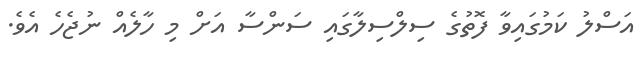
އަސްލު ކަމުގައިވާ ފޮތުގެ ސިލްސިލާގައި ސަންސާ އަށް މި ހާލެއް ނުޖެހެ އެވެ.